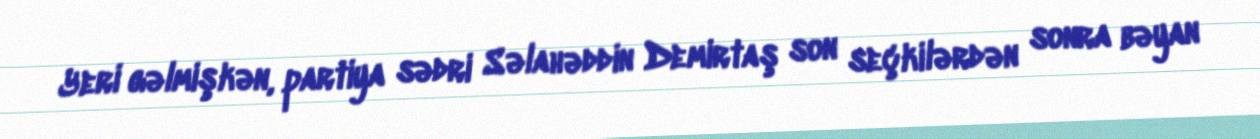
Yeri gəlmişkən, partiya sədri Səlahəddin Demirtaş son seçkilərdən sonra bəyan